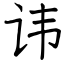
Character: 讳